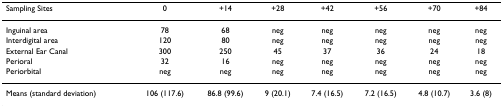
| Sampling Sites | 0 | +14 | +28 | +42 | +56 | +70 | +84 |
 | --- | --- | --- | --- | --- | --- | --- | --- |
 | Inguinal area | 78 | 68 | neg | neg | neg | neg | neg |
 | Interdigital area | 120 | 80 | neg | neg | neg | neg | neg |
 | External Ear Canal | 300 | 250 | 45 | 37 | 36 | 24 | 18 |
 | Perioral | 32 | 16 | neg | neg | neg | neg | neg |
 | Periorbital | neg | neg | neg | neg | neg | neg | neg |
 | Means (standard deviation) | 106 (117.6) | 86.8 (99.6) | 9 (20.1) | 7.4 (16.5) | 7.2 (16.5) | 4.8 (10.7) | 3.6 (8) |